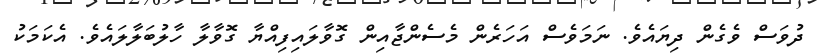
ދުވަސް ވެގެން ދިޔައެވެ. ނަމަވެސް އަަހަރެން މެސެންޖާއިން ގޮވާލައިފިއްޔާ ގޮވާލާ ހާލުބަލާލައެވެ. އެކަމަކު